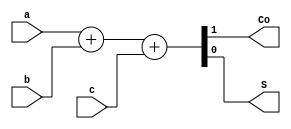
`timescale 1ns/1ns

module full_adder_1(a, b, c, Co, S);
	input a;
	input b;
	input c;
	output Co;
	output S;
	assign {Co,S} = a + b + c;
endmodule

module full_adder_2(a, b, c, Co, S);
	input [1:0] a;
	input [1:0] b;
	input c;
	output Co;
	output [1:0] S;
	assign {Co,S} = a + b + c;
endmodule

module full_adder_3(a, b, c, Co, S);
	input [2:0] a;
	input [2:0] b;
	input c;
	output Co;
	output [2:0] S;
	assign {Co,S} = a + b + c;
endmodule

module full_adder_4(a, b, c, Co, S);
	input [3:0] a;
	input [3:0] b;
	input c;
	output Co;
	output [3:0] S;
	assign {Co,S} = a + b + c;
endmodule

module full_adder_5(a, b, c, Co, S);
	input [4:0] a;
	input [4:0] b;
	input c;
	output Co;
	output [4:0] S;
	assign {Co,S} = a + b + c;
endmodule

module full_adder_6(a, b, c, Co, S);
	input [5:0] a;
	input [5:0] b;
	input c;
	output Co;
	output [5:0] S;
	assign {Co,S} = a + b + c;
endmodule

module ones_counter(input [126:0] i, output [6:0] S);

	wire [95:0] input_1bit;
	wire [79:0] input_2bit;
	wire [55:0] input_3bit;
	wire [35:0] input_4bit;
	wire [21:0] input_5bit;
	wire [12:0] input_6bit;
	genvar n;
	
	assign input_1bit [95:0] = i[95:0];
	assign input_2bit [79:64] = i[111:96];
	assign input_3bit [55:48] = i[119:112];
	assign input_4bit [35:32] = i[123:120];
	assign input_5bit [21:20] = i[125:124];
	assign input_6bit [12] = i[126];
		
	generate
		for (n=0;n<32;n=n+1) begin: one_bits
			full_adder_1 one_bit(input_1bit[3*n+1],input_1bit[3*n],input_1bit[3*n+2],input_2bit[2*n+1],input_2bit[2*n]);
		end
		
		for (n=0;n<16;n=n+1) begin: two_bits
			full_adder_2 two_bit(input_2bit[4*n+1:4*n],input_2bit[4*n+3:4*n+2],input_2bit[n+64],input_3bit[3*n+2],input_3bit[3*n+1:3*n]);
		end
		
		for (n=0;n<8;n=n+1) begin: three_bits
			full_adder_3 three_bit(input_3bit[6*n+2:6*n],input_3bit[6*n+5:6*n+3],input_3bit[n+48],input_4bit[4*n+3],input_4bit[4*n+2:4*n]);
		end
		
		for (n=0;n<4;n=n+1) begin: four_bits
			full_adder_4 four_bit(input_4bit[8*n+3:8*n],input_4bit[8*n+7:8*n+4],input_4bit[n+32],input_5bit[5*n+4],input_5bit[5*n+3:5*n]);
		end
		
		for (n=0;n<2;n=n+1) begin: five_bits
			full_adder_5 five_bit(input_5bit[10*n+4:10*n],input_5bit[10*n+9:10*n+5],input_5bit[n+20],input_6bit[6*n+5],input_6bit[6*n+4:6*n]);
		end
		
			full_adder_6 six_bit(input_6bit[5:0],input_6bit[11:6],input_6bit[12],S[6],S[5:0]);

	endgenerate
endmodule